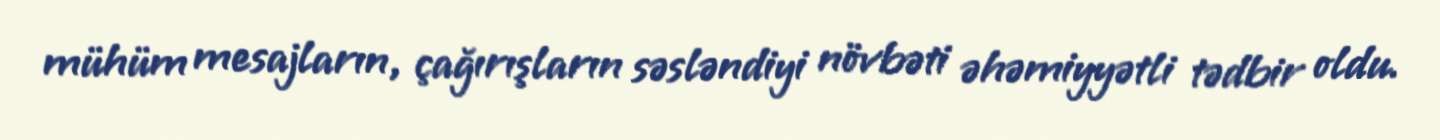
mühüm mesajların, çağırışların səsləndiyi növbəti əhəmiyyətli tədbir oldu.